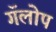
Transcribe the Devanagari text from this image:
गॅलोप